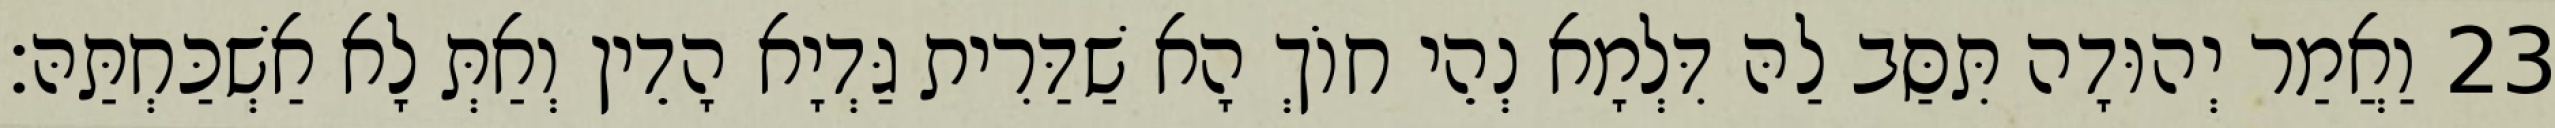
23 וַאֲמַר יְהוּדָה תִּסַּב לַהּ דִּלְמָא נְהֵי חוֹךְ הָא שַׁדַּרִית גַּדְיָא הָדֵין וְאַתְּ לָא אַשְׁכַּחְתַּהּ׃